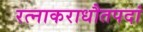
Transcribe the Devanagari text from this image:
रत्नाकराधौतपदां